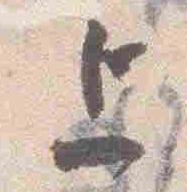
上